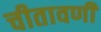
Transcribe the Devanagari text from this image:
चीतावणी